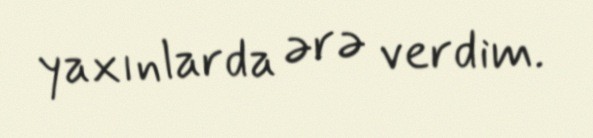
yaxınlarda ərə verdim.